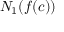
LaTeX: N _ { 1 } ( f ( c ) )